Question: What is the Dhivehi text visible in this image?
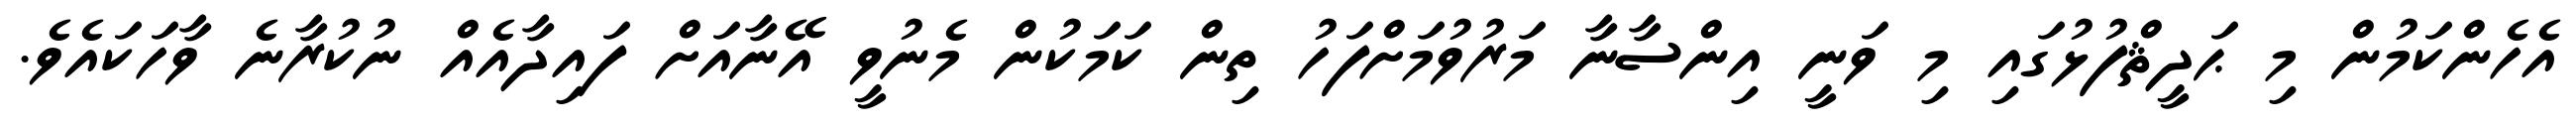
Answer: އެހެންކަމުން މި ޙަދީޘްފުޅުގައި މި ވަނީ އިންސާނާ މަރުވުމަށްފަހު ތިން ކަމަކުން މެނުވީ އޭނާއަށް ފައިދާއެއް ނުކުރާނެ ވާހަކައެވެ.